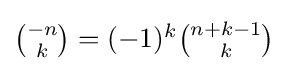
{\textstyle {\binom {-n}{k}}=(-1)^{k}{\binom {n+k-1}{k}}}